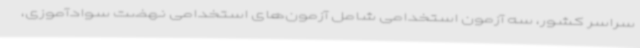
سراسر کشور، سه آزمون استخدامی شامل آزمون‌های استخدامی نهضت سوادآموزی،